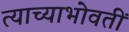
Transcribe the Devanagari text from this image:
त्याच्याभोवतीं